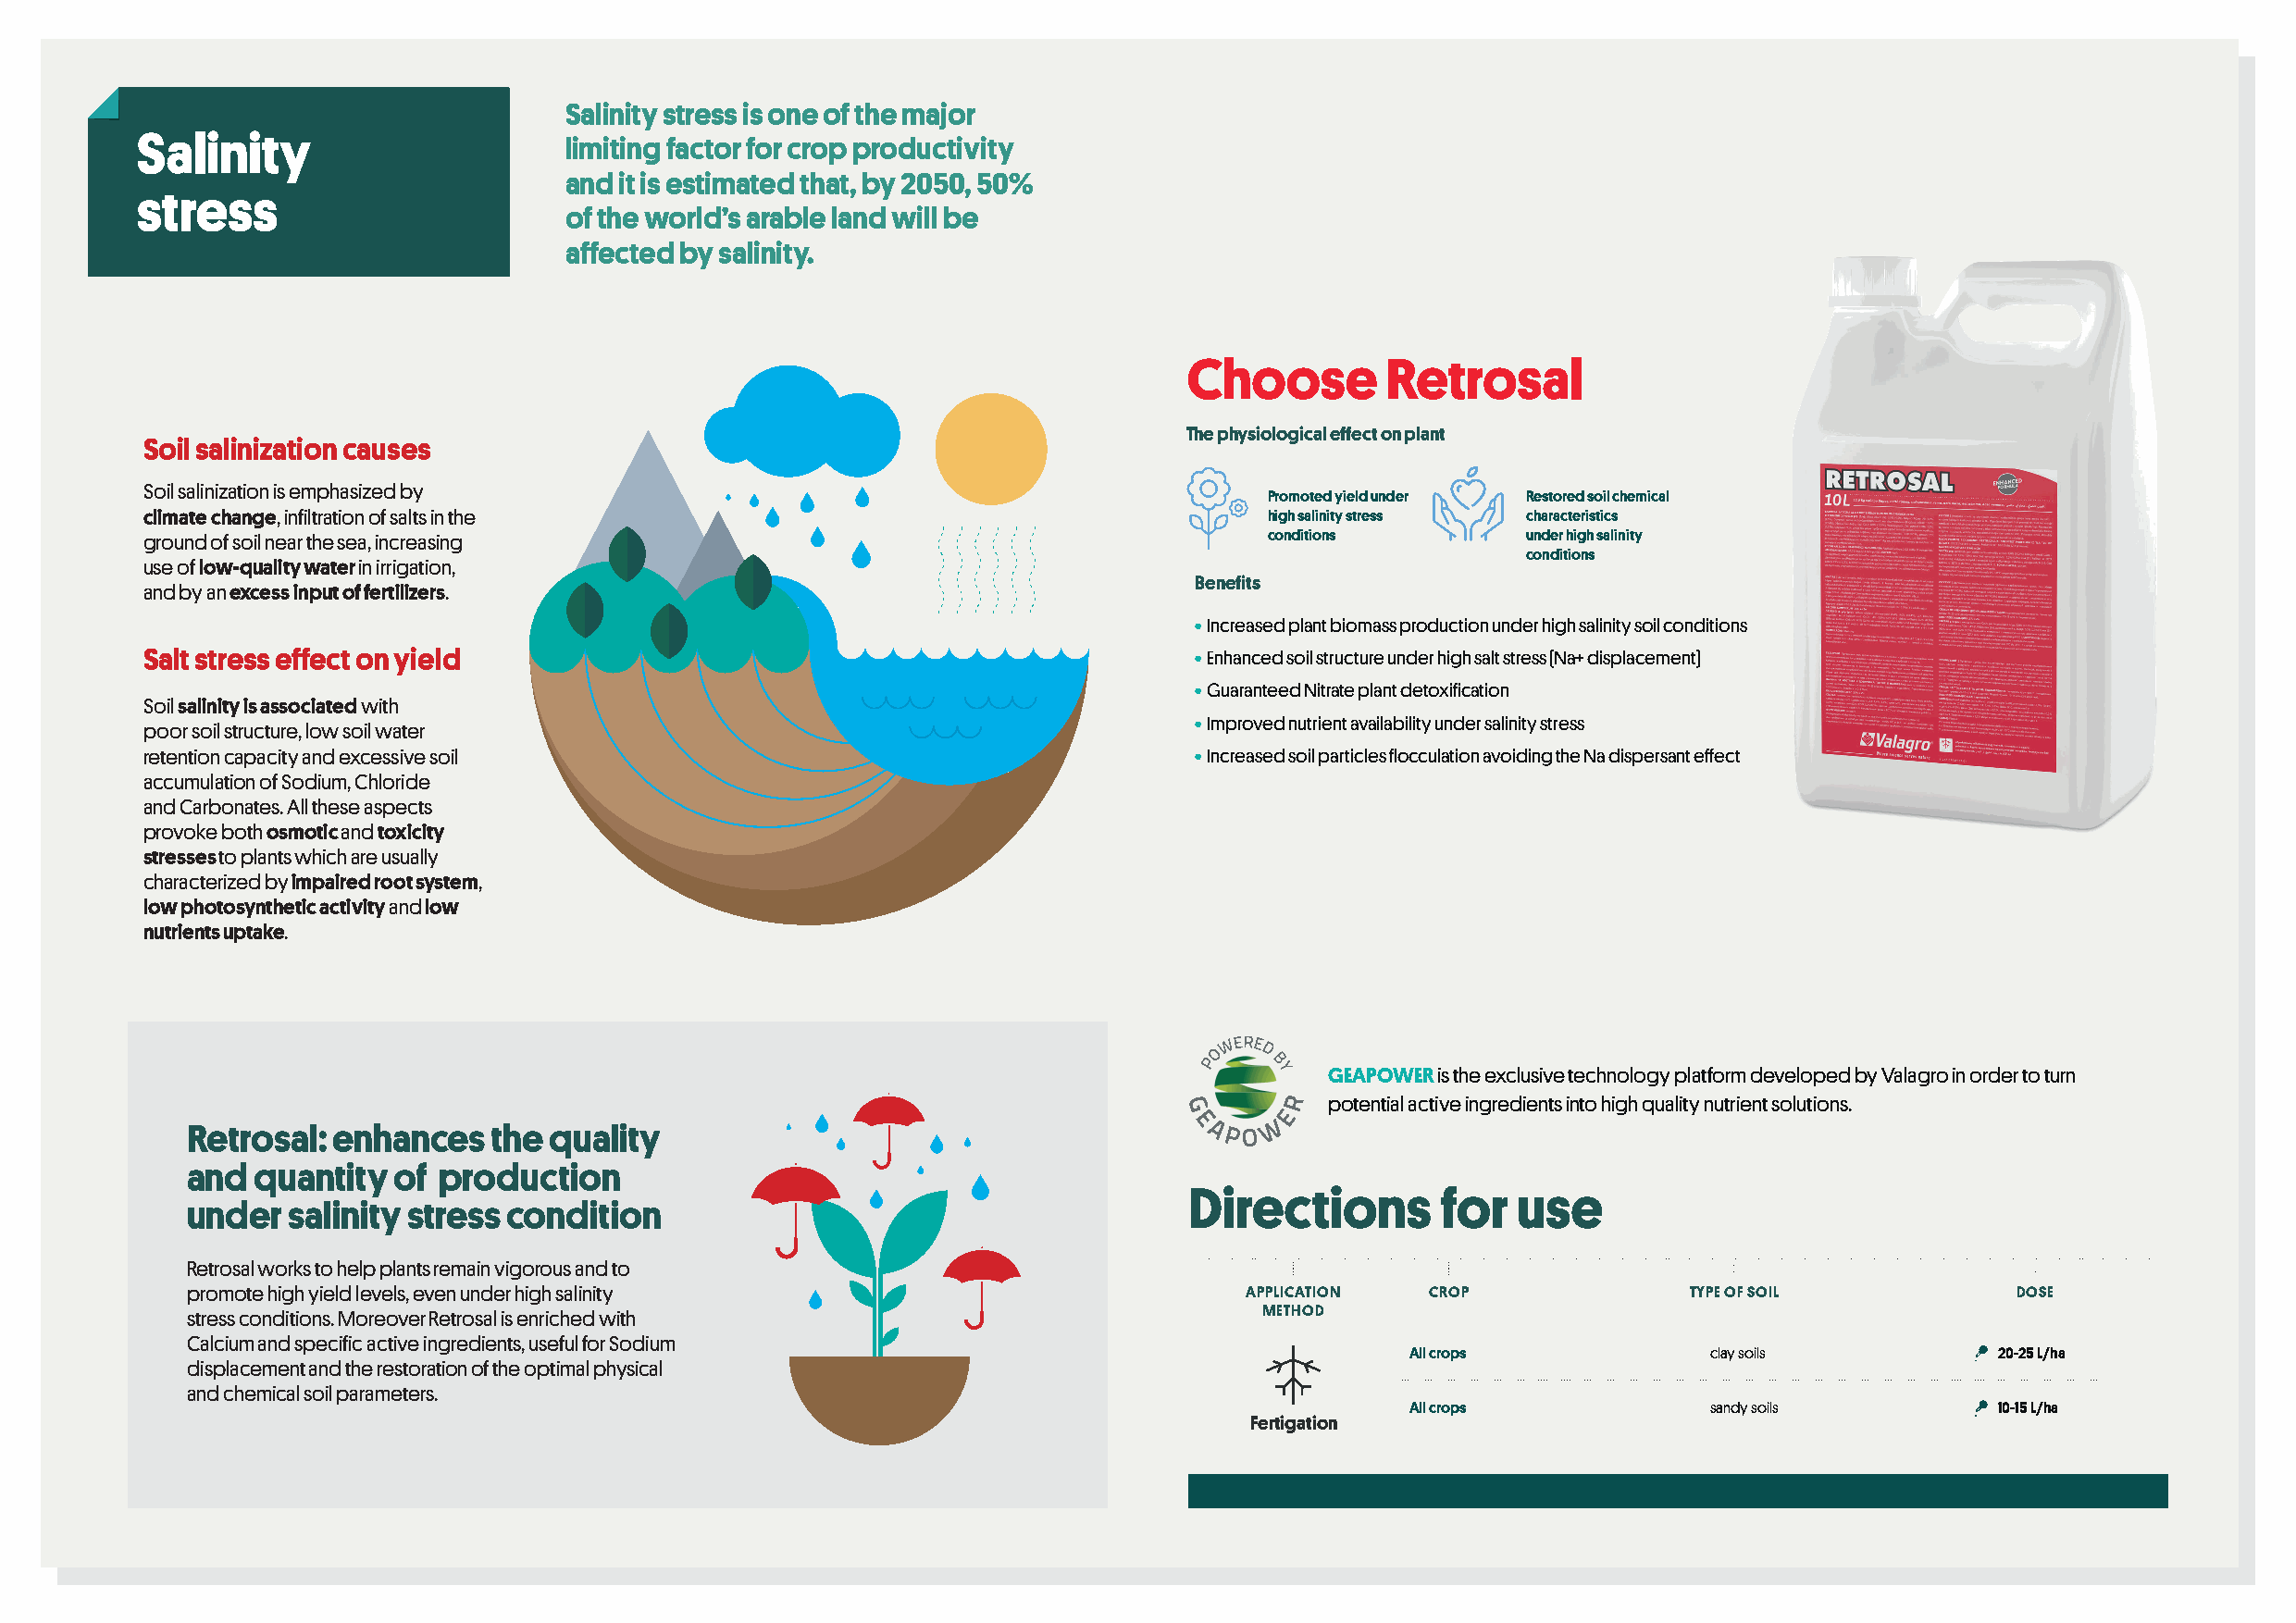
Salinity stress is one of the major
 Salinity
 limiting factor for crop productivity
 and it is estimated that, by 2050, 50%
 stress
 of the world’s arable land will be
 affected by salinity.
 Choose        Retrosal
 The physiological effect on plant
 Soil salinization causes
 Soil salinization is emphasized by
 Promoted yield under Restored soil chemical
 climate change, infiltration of salts in the                                     high salinity stress characteristics
 ground of soil near the sea, increasing                                          conditions        under high salinity
 conditions
 use of low-quality water in irrigation,
 Benefits
 and by an excess input of fertilizers.
 • Increased plant biomass production under high salinity soil conditions
 Salt stress effect on yield                                                • Enhanced soil structure under high salt stress (Na+ displacement)
 • Guaranteed Nitrate plant detoxification
 Soil salinity is associated with
 • Improved nutrient availability under salinity stress
 poor soil structure, low soil water
 retention capacity and excessive soil                                      • Increased soil particles flocculation avoiding the Na dispersant effect
 accumulation of Sodium, Chloride
 and Carbonates. All these aspects
 provoke both osmotic and toxicity
 stresses to plants which are usually
 characterized by impaired root system,
 low photosynthetic activity and low
 nutrients uptake.
 GEAPOWER is the exclusive technology platform developed by Valagro in order to turn
 potential active ingredients into high quality nutrient solutions.
 Retrosal:  enhances   the quality
 and  quantity  of production
 Directions        for  use
 under   salinity stress condition
 Retrosal works to help plants remain vigorous and to
 promote high yield levels, even under high salinity                         APPLICATION  CROP               TYPE OF SOIL           DOSE
 stress conditions. Moreover Retrosal is enriched with                        METHOD
 Calcium and specific active ingredients, useful for Sodium
 All crops            clay soils           20-25 L/ha
 displacement and the restoration of the optimal physical
 and chemical soil parameters.
 All crops            sandy soils          10-15 L/ha
 Fertigation